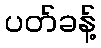
ပတ်ခန့်